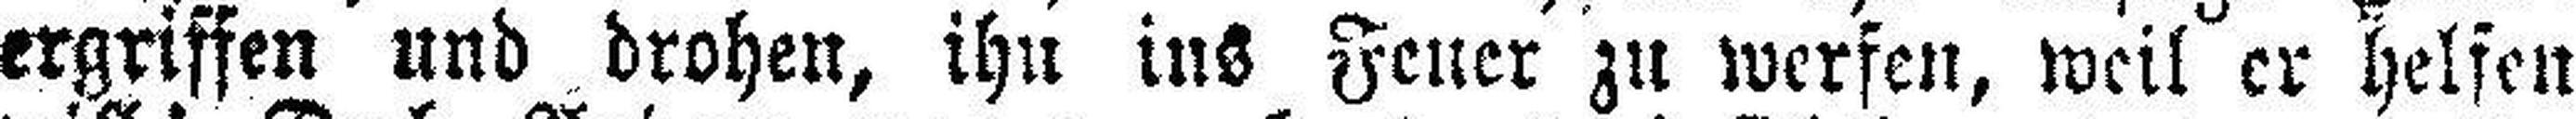
ergriffen und drohen, ihn ins Feuer zu werfen, weil er helfen